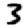
Digit: 3